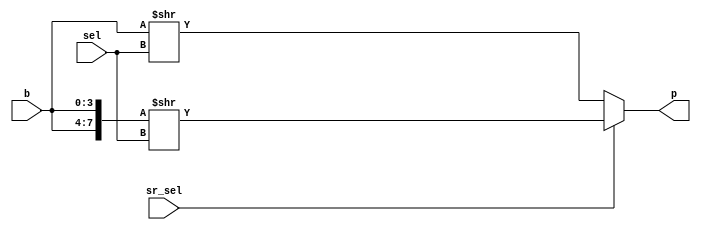
`timescale 1ns / 1ps
//////////////////////////////////////////////////////////////////////////////////
// Company: 
// Engineer: 
// 
// Design Name: 
// Module Name: barrelshifter_n
// Project Name: 
// Target Devices: 
// Tool Versions: 
// Description: 
// 
// Dependencies: 
// 
// Revision:
// Revision 0.01 - File Created
// Additional Comments:
// 
//////////////////////////////////////////////////////////////////////////////////


module barrelshifter_n #(parameter SIZE_BSN = 4) (
    input [SIZE_BSN-1:0] b,
    input sr_sel,
    input [$clog2(SIZE_BSN)-1:0] sel,
    output reg [SIZE_BSN-1:0] p
    );
    
    always @*
    begin
        if (sr_sel)
            begin
                p <= {b, b} >> sel;   
            end
        else
            begin
                p <= b >> sel;
            end
    end

endmodule